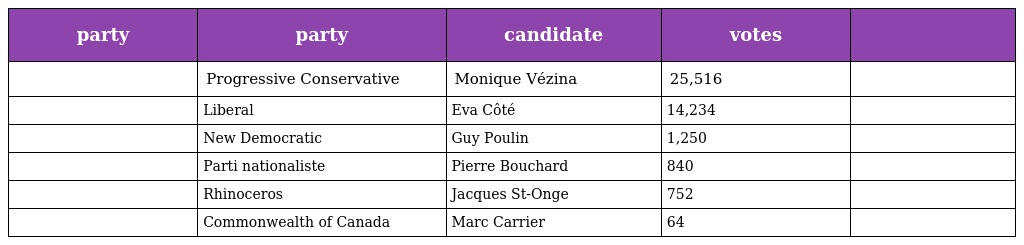
| party | party | candidate | votes |  |
 | --- | --- | --- | --- | --- |
 |  | Progressive Conservative | Monique Vézina | 25,516 |  |
 |  | Liberal | Eva Côté | 14,234 |  |
 |  | New Democratic | Guy Poulin | 1,250 |  |
 |  | Parti nationaliste | Pierre Bouchard | 840 |  |
 |  | Rhinoceros | Jacques St-Onge | 752 |  |
 |  | Commonwealth of Canada | Marc Carrier | 64 |  |